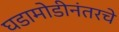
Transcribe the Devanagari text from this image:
घडामोडीनंतरचे